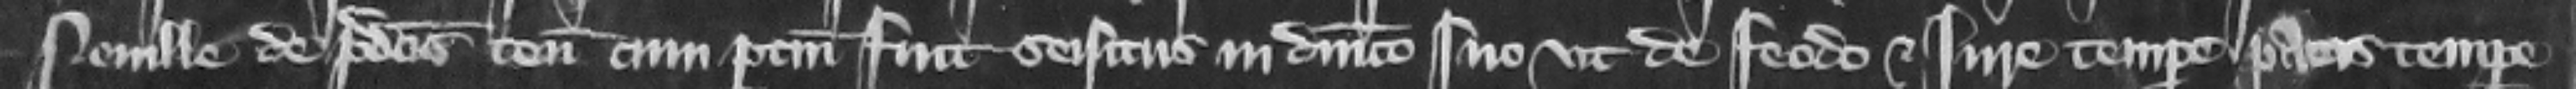
Neuille de predictis tenementis cum pertinenciis fuit seisitus in dominico suo vt de feodo et iure tempore pacis tempore